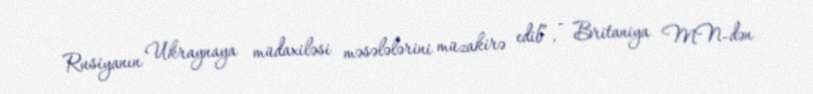
Rusiyanın Ukraynaya müdaxiləsi məsələlərini müzakirə edib”, - Britaniya MN-dən